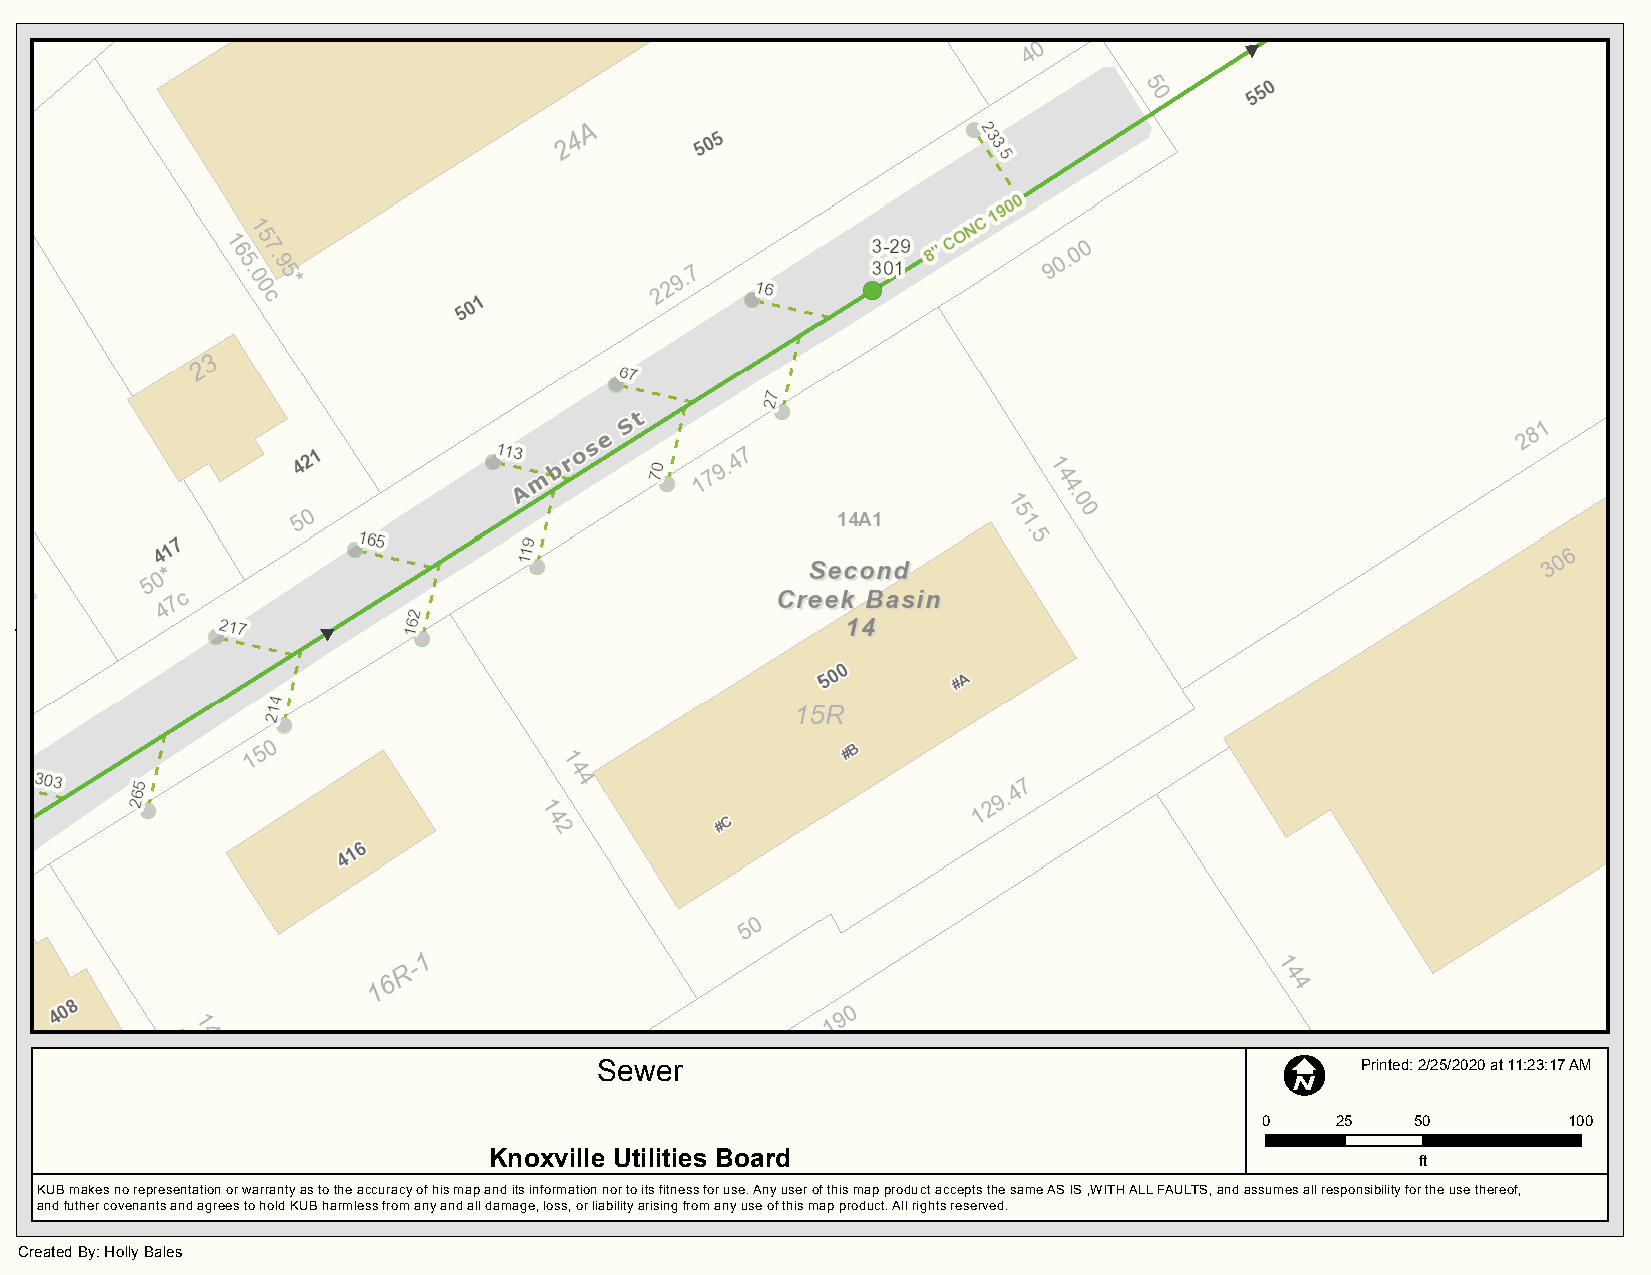
I
 Sewer                                             Printed: 2/25/2020 at 11:23:17 AM
 0    25    50        100
 Knoxville Utilities Board                                     ft
 KUB makes no representation or warranty as to the accuracy of his map and its information nor to its fitness for use. Any user of this map product accepts the same AS IS ,WITH ALL FAULTS, and assumes all responsibility for the use thereof,
 and futher covenants and agrees to hold KUB harmless from any and all damage, loss, or liability arising from any use of this map product. All rights reserved.
 Created By: Holly Bales